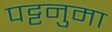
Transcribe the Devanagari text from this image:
पट्टनुमा